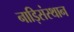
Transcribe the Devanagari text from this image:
नाड़िसंस्थान